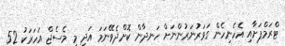
ޓްރަމްޕަށާއި އެހެނިހެން ގަވަރުނަރުންނަށް ހަނދާން ކޮށްދެވޭނަމަ އަދި މި މެސެޖް އަހަރަކު 52